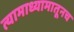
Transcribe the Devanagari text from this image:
त्यामाध्यामातूनच